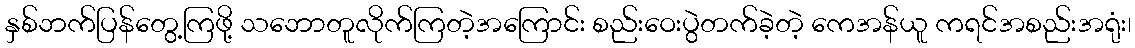
နှစ်ဘက်ပြန်တွေ့ကြဖို့ သဘောတူလိုက်ကြတဲ့အကြောင်း စည်းဝေးပွဲတက်ခဲ့တဲ့ ကေအန်ယူ ကရင်အစည်းအရုံး၊